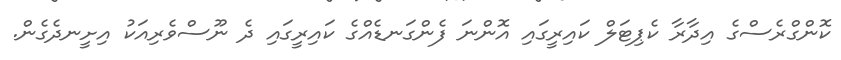
ކޮންގްރެސްގެ އިދާރާ ކެޕިޓަލް ކައިރީގައި އޮންނަ ފެންގަނޑެއްގެ ކައިރީގައި ދެ ނޫސްވެރިއަކު އިށީނދެގެން.